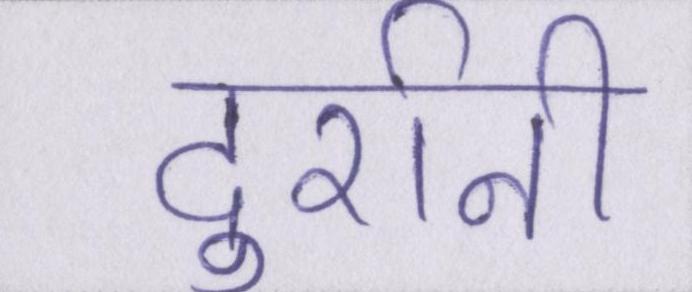
दुर्रानी